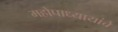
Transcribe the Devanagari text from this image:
महोपाध्यायांचे